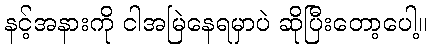
နင့်အနားကို ငါအမြဲနေရမှာပဲ ဆိုပြီးတော့ပေါ့။